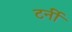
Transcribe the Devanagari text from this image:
टर्नी